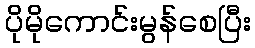
ပိုမိုကောင်းမွန်စေပြီး